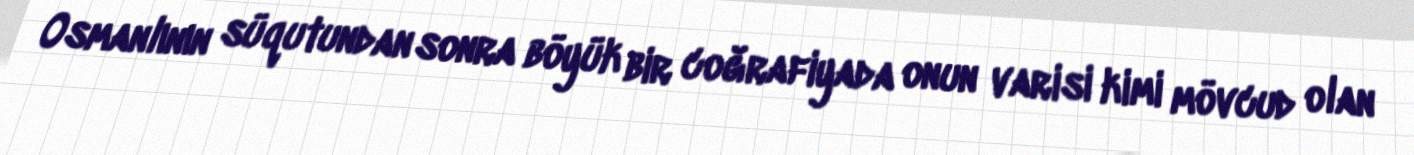
Osmanlının süqutundan sonra böyük bir coğrafiyada onun varisi kimi mövcud olan